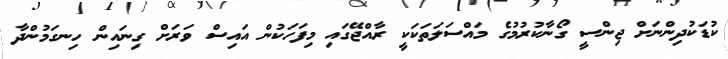
ކުޑަކުދިންނަށް ޖިންސީ ގޯނާކުރުމުގެ މައްސަލަތަކަކީ ރާއްޖޭގައި މިފަހަކުން އައިސް ވަރަށް ގިނައިން ހިނގަމުންދާ